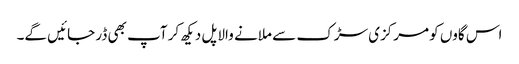
اس گاوں کو مرکزی سڑک سے ملانے والا پل دیکھ کر آپ بھی ڈر جائیں گے۔